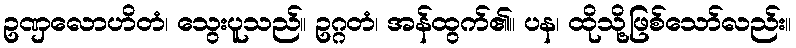
ဥဏှလောဟိတံ၊ သွေးပူသည်။ ဥဂ္ဂတံ၊ အန်ထွက်၏။ ပန၊ ထိုသို့ဖြစ်သော်လည်း။